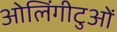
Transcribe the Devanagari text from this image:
ओलिंगीटुओं